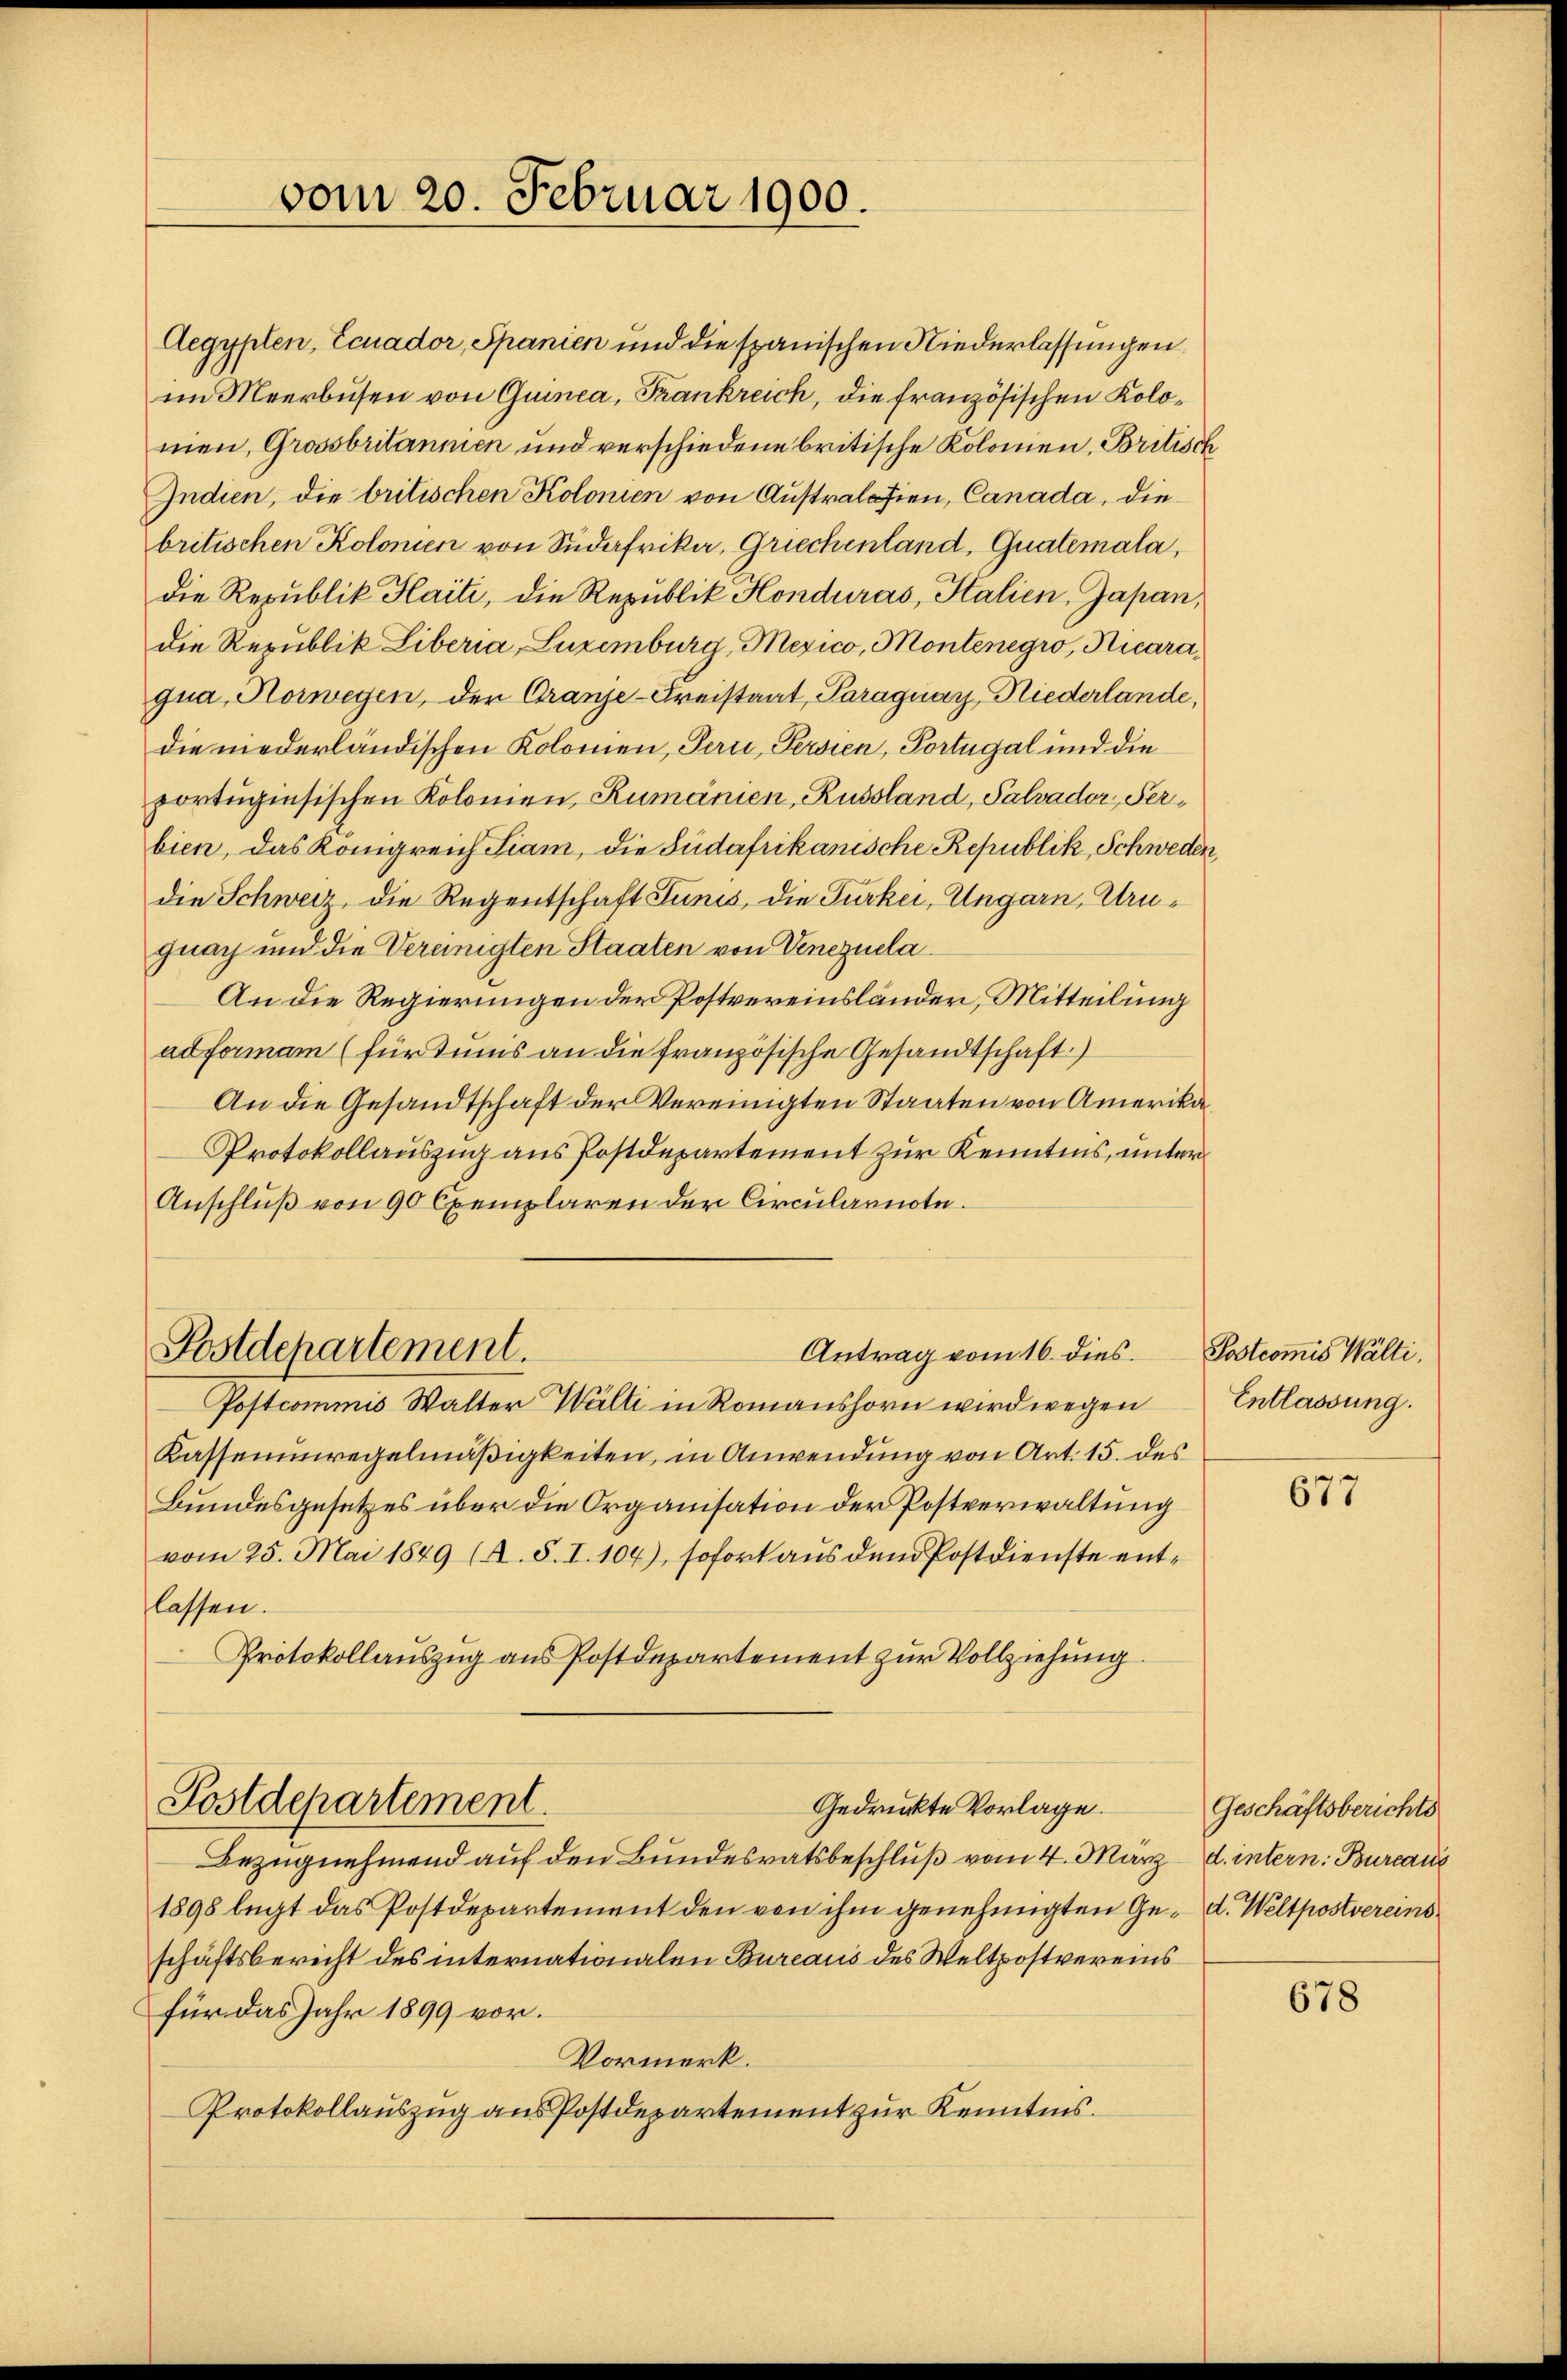
portugisischen Kolonien, Rumänien, Russland, Palvador Perbien, das Königreich Fiam, die Südafrikanische Republik, Schweden,
die Schweiz, die Regentschaft Tunis, die Türkei, Ungarn, Uruguay und die Vereinigten Staaten von Venezuela¬
An die Regierungen der Postvereinsländer, Mitteilung
adformam (für Tunis an die französische Gesandtschaft.
An die Gesandtschaft der Vereinigten Staaten von Amerika¬
Protokollauszug aus Postdepartement zur Kenntnis, unter
Anschluß von 90 Exemplaren der Circularnote.

vom 20. Februar 1900.

Aegypten, Ecuador, Spanien und die spanischen Niederlassungen
im Meerbusen von Quinca, Frankreich, die französischen Kolomen, Grossbritannien und verschiedene britische Kolonien, Britisch
Indien, die britischen Kolonien von Australasien, Canada, die
britischen Kolonien von Südafrika, Griechenland, Guatemala,
die Republik Haiti, die Republik Honduras, Stalien, Japan,
die Republik Liberia, Luzemburg, Mexico, Montenegro, Hicaraqua, Horwegen, der Granje-Kreistaat, Paraguarz, Niederlande,
die niederländischen Kolonien, Peri, Persien, Portugal und die

Postdepartement.
Antrag vom 16. dies

Postcommis Walter Wälti in Romanshorn wird wegen
Kassenunregelmäßigkeiten, in Anwendung von Art. 15. des
Bundesgesetzes über die Organisation der Postverwaltung
vom 25. Mai 1849 (A. S. I. 104), sofort aus dem Postdienste entlassen.
Protokollauszug aus Postdepartement zur Vollziehung.

Postdepartement.
Gedruckte Vorlage.

Bezugnehmend auf den Bundesratsbeschluß vom 4. März d. intern: Bureaus
1898 legt das Postdepartement den von ihm genehmigten Ge- d. Weltpostvereinsschäftsberecht des internationalen Bureaus des Weltpostvereins
für das Jahr 1899 vor.
Vormerk.
Protokollauszug aus Postdepartement zur Kenntnis.

Postcom̅is Wälti.
Entlassung.

677

Geschäftsberichts

678